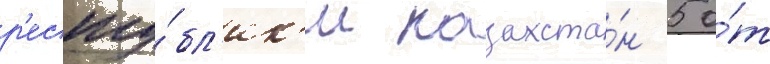
р'еспу́бл'ик'и казахста́н 5 о́т